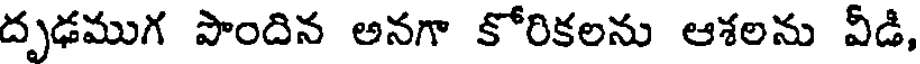
దృఢముగ పొందిన అనగా కోరికలను ఆశలను వీడి,